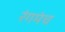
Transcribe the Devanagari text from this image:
रंगमंच